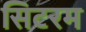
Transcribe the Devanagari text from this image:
सिटरम